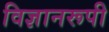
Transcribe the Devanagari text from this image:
विज्ञानरूपी